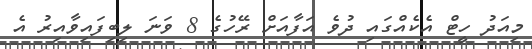
މިއަދު ހީޓް އެކެއްގައި ދުވެ އަފާއަށް ރޭހުގެ 8 ވަނަ ލިބިފައިވާއިރު އެ